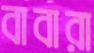
বাবারা